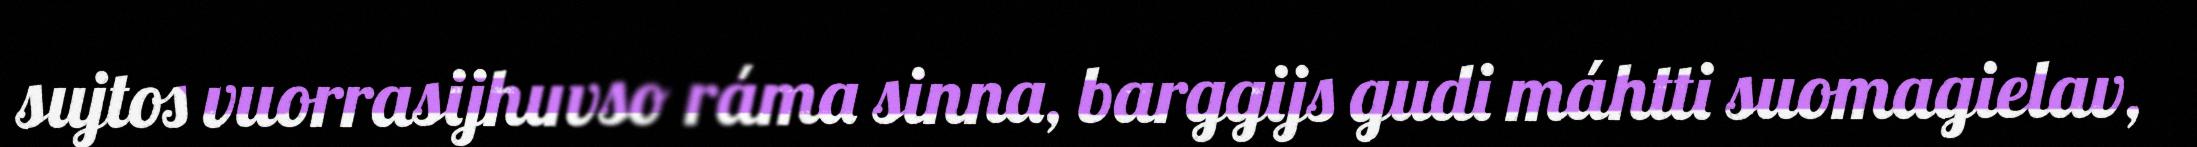
sujtos vuorrasijhuvso ráma sinna, barggijs gudi máhtti suomagielav,